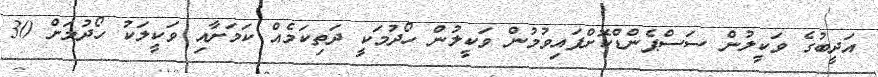
އަދީބުގެ ވަކީލުން ސަސްޕެންޑްކޮށްފައިވުމުން ވަކީލުން ހޯދުމަކީ ދަތިކަމެއް ކަމަށާއި ވަކީލަކު ހޯދުމަށް 30